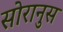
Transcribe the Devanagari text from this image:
सोरानुस